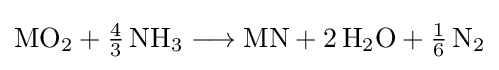
{\mathrm {MO} {\vphantom {A}}_{\smash[{t}]{2}}{}+{}{\mathchoice {\textstyle {\frac {4}{3}}}{\frac {4}{3}}{\frac {4}{3}}{\frac {4}{3}}}\,\mathrm {NH} {\vphantom {A}}_{\smash[{t}]{3}}{}\mathrel {\longrightarrow } {}\mathrm {MN} {}+{}2\,\mathrm {H} {\vphantom {A}}_{\smash[{t}]{2}}\mathrm {O} {}+{}{\mathchoice {\textstyle {\frac {1}{6}}}{\frac {1}{6}}{\frac {1}{6}}{\frac {1}{6}}}\,\mathrm {N} {\vphantom {A}}_{\smash[{t}]{2}}}